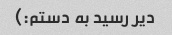
دیر رسید به دستم:)